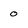
Character: 0